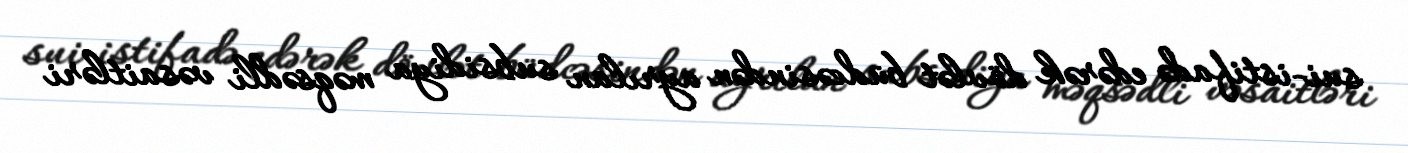
sui-istifadə edərək dövlət büdcəsindən ayrılan subsidiya məqsədli vəsaitləri